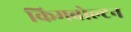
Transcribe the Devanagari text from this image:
किमबोल्टन